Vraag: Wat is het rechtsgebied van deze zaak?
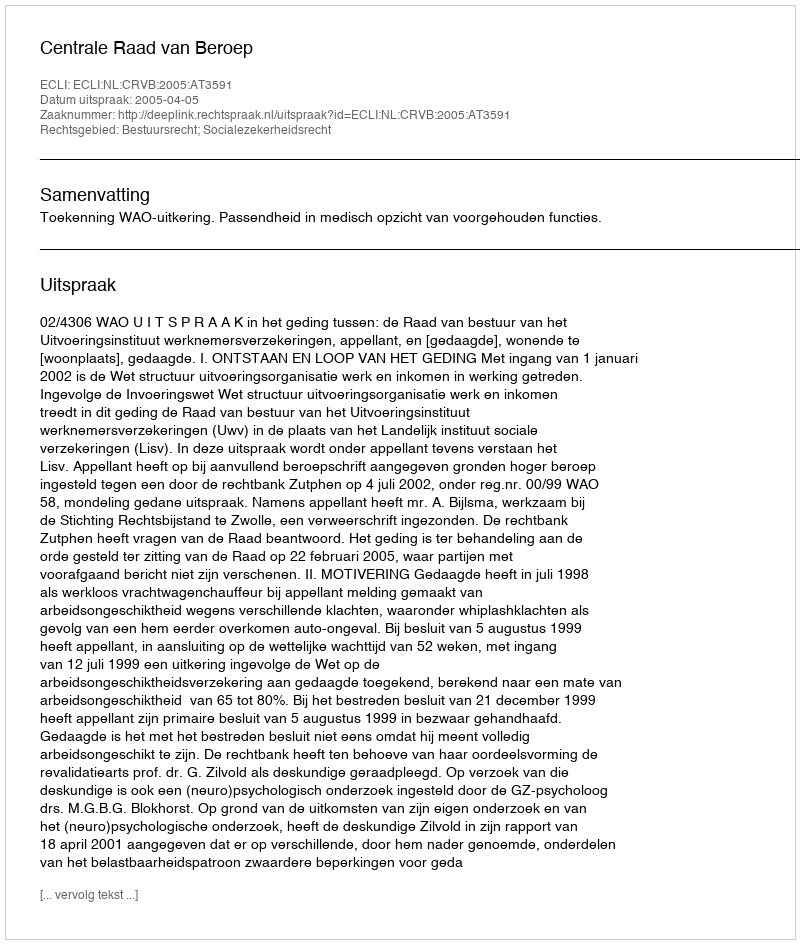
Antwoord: Bestuursrecht; Socialezekerheidsrecht